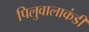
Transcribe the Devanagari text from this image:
पिलुवालाकंडी